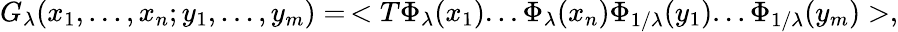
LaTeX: G_{\lambda}(x_{1},...,x_{n};y_{1},...,y_{m})=\, <T\Phi_{\lambda}(x_{1})...\Phi_{\lambda}(x_{n})\Phi_{1/\lambda}(y_{1})...\Phi_{1/\lambda}(y_{m})>,